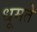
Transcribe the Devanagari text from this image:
धूमते